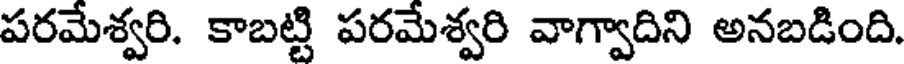
పరమేశ్వరి. కాబట్టి పరమేశ్వరి వాగ్వాదిని అనబడింది.